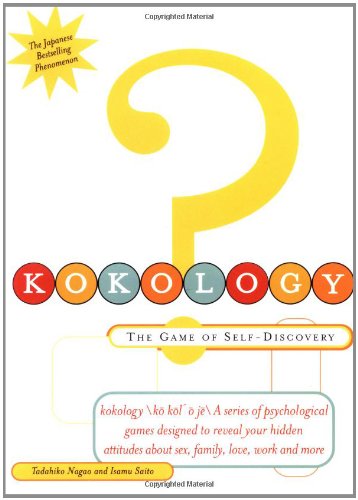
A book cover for Kokology: The Game of Self-Discovery; Tadahiko Nagao; Humor & Entertainment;